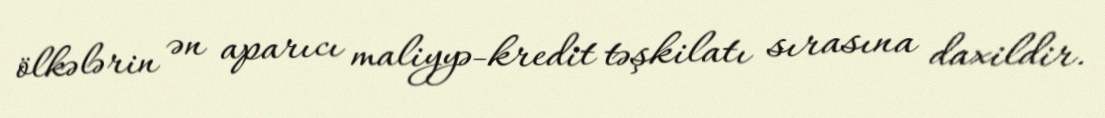
ölkələrin ən aparıcı maliyyə-kredit təşkilatı sırasına daxildir.